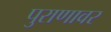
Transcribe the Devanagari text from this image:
पुराणावर